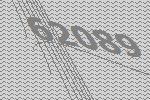
62089